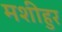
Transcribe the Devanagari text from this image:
मशीहुर